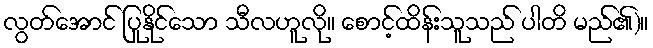
လွတ်အောင် ပြုနိုင်သော သီလဟူလို။ စောင့်ထိန်းသူသည် ပါတိ မည်၏)။